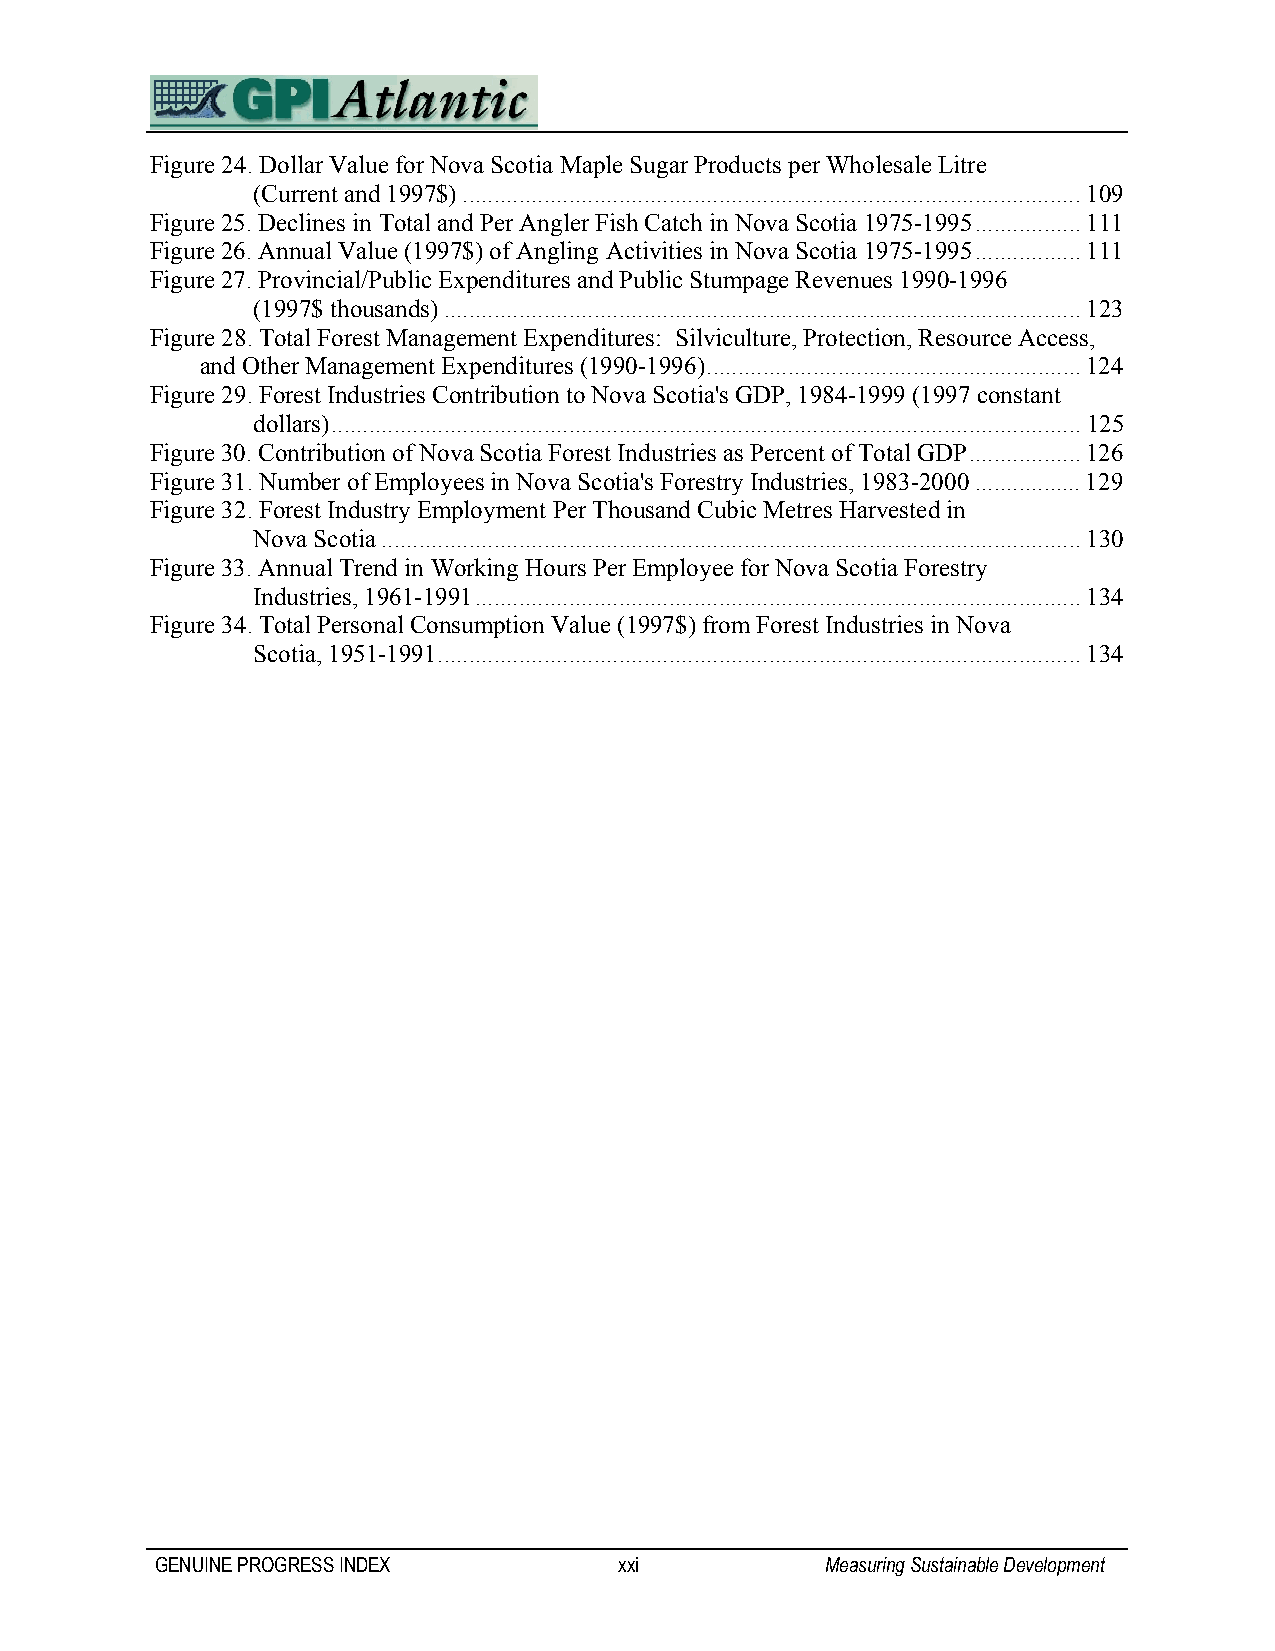
Figure 24. Dollar Value for Nova Scotia Maple Sugar Products per Wholesale Litre
 (Current and 1997$)...................................................................................................109
 Figure 25. Declines in Total and Per Angler Fish Catch in Nova Scotia 1975-1995.................111
 Figure 26. Annual Value (1997$) of Angling Activities in Nova Scotia 1975-1995.................111
 Figure 27. Provincial/Public Expenditures and Public Stumpage Revenues 1990-1996
 (1997$ thousands)......................................................................................................123
 Figure 28. Total Forest Management Expenditures: Silviculture, Protection, Resource Access,
 and Other Management Expenditures (1990-1996)............................................................124
 Figure 29. Forest Industries Contribution to Nova Scotia's GDP, 1984-1999 (1997 constant
 dollars)........................................................................................................................125
 Figure 30. Contribution of Nova Scotia Forest Industries as Percent of Total GDP..................126
 Figure 31. Number of Employees in Nova Scotia's Forestry Industries, 1983-2000.................129
 Figure 32. Forest Industry Employment Per Thousand Cubic Metres Harvested in
 Nova Scotia................................................................................................................130
 Figure 33. Annual Trend in Working Hours Per Employee for Nova Scotia Forestry
 Industries, 1961-1991.................................................................................................134
 Figure 34. Total Personal Consumption Value (1997$) from Forest Industries in Nova
 Scotia, 1951-1991.......................................................................................................134
 GENUINE PROGRESS INDEX         xxi           Measuring Sustainable Development